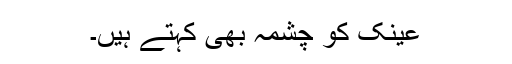
عینک کو چشمہ بھی کہتے ہیں۔